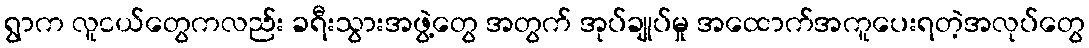
ရွာက လူငယ်တွေကလည်း ခရီးသွားအဖွဲ့တွေ အတွက် အုပ်ချုပ်မှု အထောက်အကူပေးရတဲ့အလုပ်တွေ